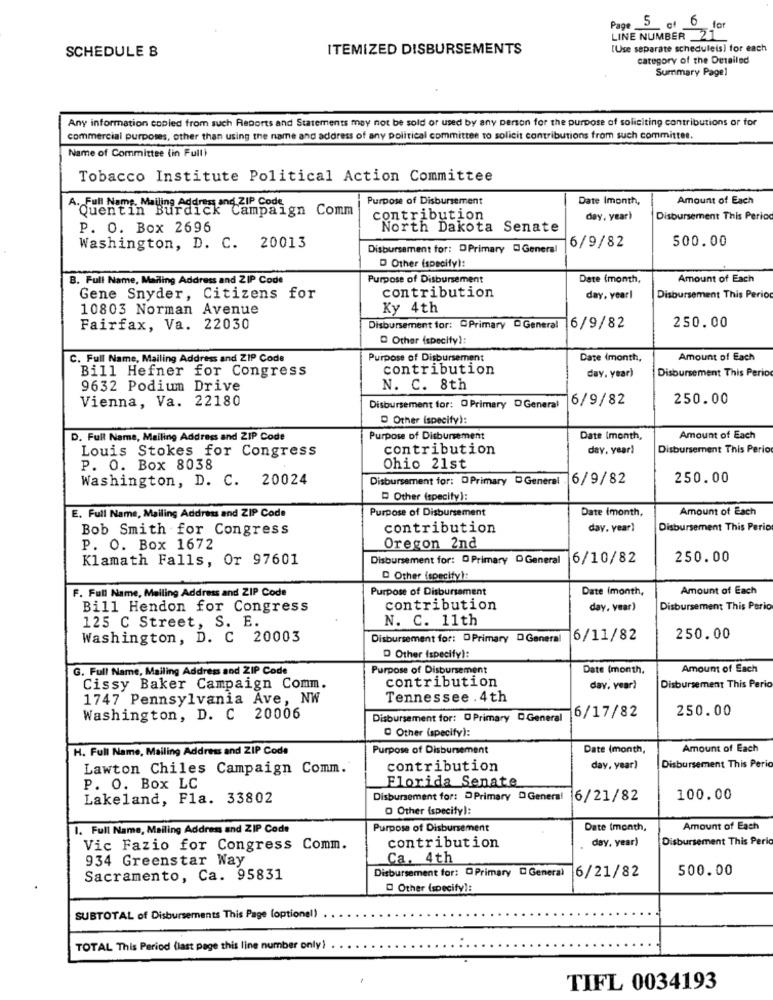
Page 5 of 6 for
LINE NUMBER _21
SCHEDULE B
ITEMIZED DISBURSEMENTS
[Use separate scheduleis) for each
category of the Detailed
Summary Page1
Any information copied from such Reports and Statements may not be sold or used by any person for the purpose of soliciting contributions or for
commercial purposes, other than using the name and address of any political committee to solicit contributions from such committee
Name of Committee (in Full)
Tobacco Institute Political Action Committee
Purpose of Disbursement
Date Imonth,
Amount of Each
A. Full Name, Mailing Address and ZIP Code
Quentin Burdick Campaign Comm
contribution
day, year)
Disbursement This Period
P. O. Box 2696
North Dakota Senate
500.00
Washington, D. C. 20013
Disbursement for: DPrimary General
6/9/82
D Other (specify):
B. Full Name, Mailing Address and ZIP Code
Purpose of Disbursement
Date (month,
Amount of Each
Gene Snyder, Citizens for
contribution
day, yearl
Disbursement This Perio
10803 Norman Avenue
Ky 4th
250.00
Fairfax, Va. 22030
Disbursement for: Primary - General
6/9/82
Other (specify):
C. Full Name, Mailing Address and ZIP Code
Purpose of Disbursement
Date (month,
Amount of Each
Bill Hefner for Congress
contribution
day. year)
Disbursement This Period
9632 Podium Drive
N. C. 8th
Vienna, Va. 22180
6/9/82
250.00
Disbursement for: O Primary D General
D Other (specify):
D. Full Name, Mailing Address and ZIP Code
Purpose of Disbursement
Date (month,
Amount of Each
Louis Stokes for Congress
contribution
day, year)
Disbursement This Perio
P. O. Box 8038
Ohio 21st
Washington, D. C. 20024
Disbursement for: DPrimary DGeneral -
6/9/82
250.00
Other (specify):
Date (month,
Amount of Each
E. Full Name, Mailing Address and ZIP Code
Purpose of Disbursement
Bob Smith for Congress
contribution
day. year)
Disbursement This Perio
P. O. Box 1672
Oregon 2nd
Klamath Falls, Or 97601
Disbursement for: D Primary D General
6/10/82
250.00
D Other (specify):
F. Full Name, Mailing Address and ZIP Code
Purpose of Disbursement
Date imonth,
Amount of Each
Bill Hendon for Congress
contribution
day, year)
Disbursement This Perio
125 C Street, S. E.
N. C. 11th
Washington, D. C 20003
Disbursement for: DPrimary D General
6/11/82
250.00
D Other (specify):
G. Full Name, Mailing Address and ZIP Code
Purpose of Disbursement
Date (month,
Amount of Each
contribution
Cissy Baker Campaign Comm.
day, vear)
Disbursement This Perio
1747 Pennsylvania Ave, NW
Tennessee . 4th
6/17/82
250.00
Washington, D. C 20006
Disbursement for: D Primary DGeneral
Other (specify):
H. Full Name, Mailing Address and ZIP Code
Purpose of Disbursement
Date (month,
Amount of Each
Lawton Chiles Campaign Comm.
contribution
day, year)
Disbursement This Perio
P. O. Box LC
Florida Senate
Lakeland, Fla. 33802
Disbursement for: DPrimary D General
6/21/82
100.00
O Other (specify):
1. Full Name, Mailing Address and ZIP Code
Purpose of Disbursement
Date (month,
Amount of Each
day, year)
Disbursement This Perio
Vic Fazio for Congress Comm.
contribution
934 Greenstar Way
Ca. 4th
Disbursement for: @ Primary D General
6/21/82
500.00
Sacramento, Ca. 95831
Other (specifyl:
SUBTOTAL of Disbursements This Page (optional)
TOTAL This Period (last page this line number only).
TIFL 0034193